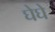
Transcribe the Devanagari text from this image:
घेघे